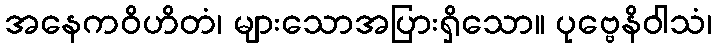
အနေကဝိဟိတံ၊ များသောအပြားရှိသော။ ပုဗ္ဗေနိဝါသံ၊